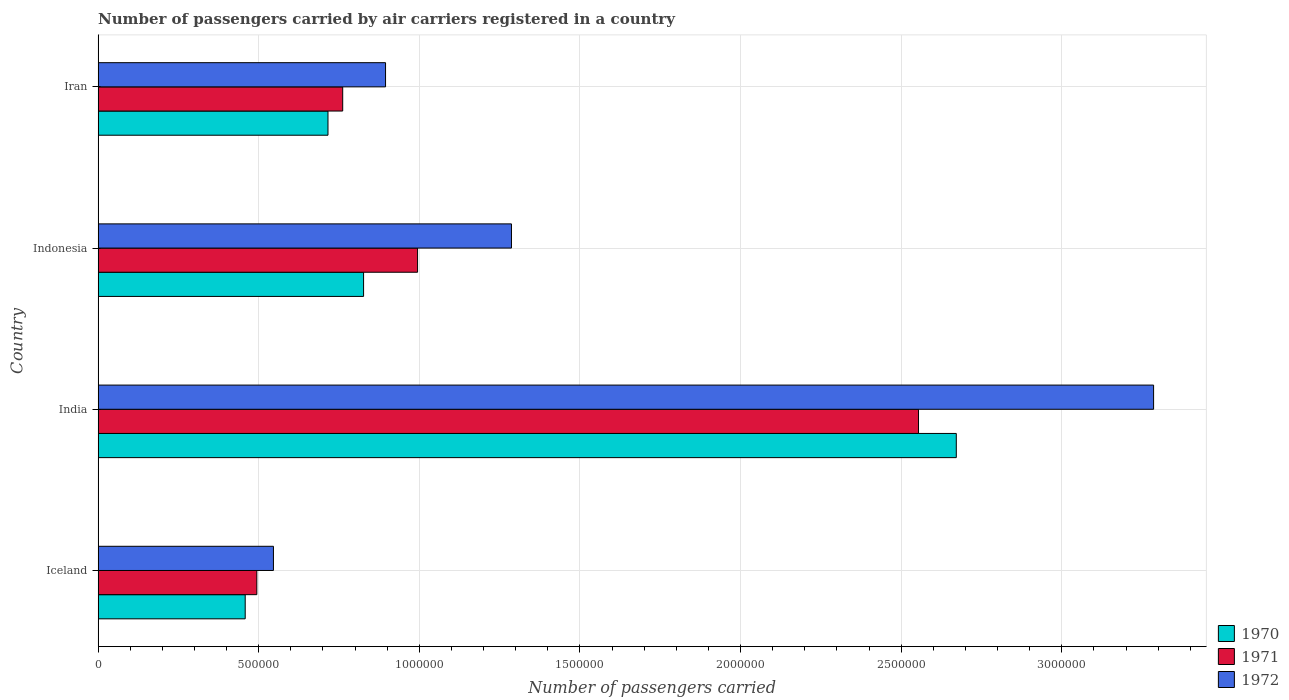
| Country | 1970 | 1971 | 1972 |
 | --- | --- | --- | --- |
 | Iceland | 4.58e+05 | 4.94e+05 | 5.46e+05 |
 | India | 2.67e+06 | 2.55e+06 | 3.29e+06 |
 | Indonesia | 8.26e+05 | 9.94e+05 | 1.29e+06 |
 | Iran | 7.16e+05 | 7.61e+05 | 8.95e+05 |